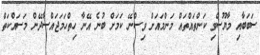
ސަބަބާއި މާޔޫސްވި ކަންތައްތައް މަންމައަށް ވިސްނޭ ކަމަށް ބުނެ އޭނާ ހިތްހަމަޖައްސާދޭން މަސައްކަތް